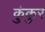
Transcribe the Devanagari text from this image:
कुंकुर